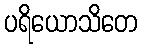
ပရိယောသိတေ